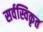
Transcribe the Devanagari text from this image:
सर्वस्विकृत